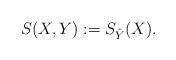
LaTeX: \begin{align*} S(X,Y) := S_{\hat Y}(X).\end{align*}